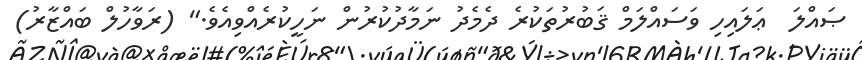
ޞައްލަ  ޢަލައިހި ވަސައްލަމް ޤަބުރުތަކުރެ ދެމެދު ނަމާދުކުރުން ނަހީކުރެއްވިއެވެ." (ރަވާހުލް ބައްޒާރު)